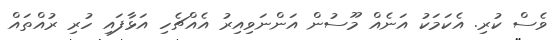
ވެސް ކުރި. އެކަމަކު އަނެއް މޫސުން އަންނަވިއިރު އެއްޗެހި އަޅާފައި ހުރި ރުއްތައް